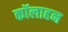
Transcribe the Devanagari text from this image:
कॉलाहन